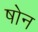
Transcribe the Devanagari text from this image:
षोन